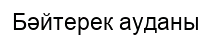
Бәйтерек ауданы